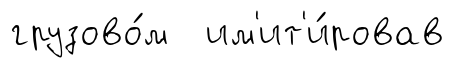
грузово́м им'ит'и́ровав